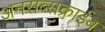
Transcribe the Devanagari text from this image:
अनसब्सक्राईब